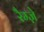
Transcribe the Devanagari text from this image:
रैम्ज़े